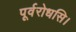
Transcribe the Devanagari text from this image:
पूर्वरोधसि।